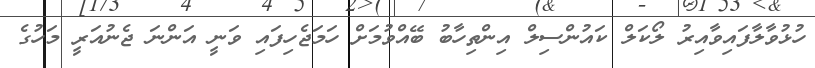
ހުޅުވާލާފައިވާއިރު ލޯކަލް ކައުންސިލް އިންތިހާބު ބޭއްވުމަށް ހަމަޖެހިފައި ވަނީ އަންނަ ޖެނުއަރީ މަހުގެ